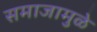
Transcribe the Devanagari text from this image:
समाजामुळे